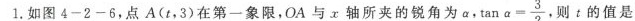
1.如图4-2-6，点A(t，3)在第一象限，OA与x轴所夹的锐角为a， $$\tan \alpha = \frac{3}{2}$$ ，则t的值是